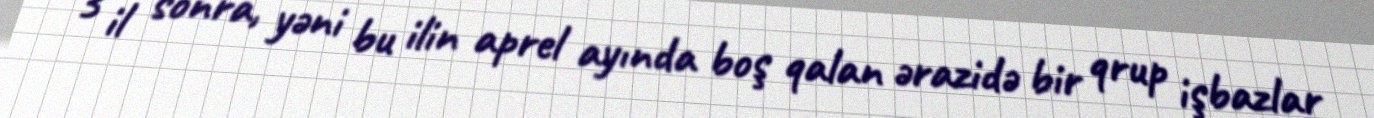
3 il sonra, yəni bu ilin aprel ayında boş qalan ərazidə bir qrup işbazlar